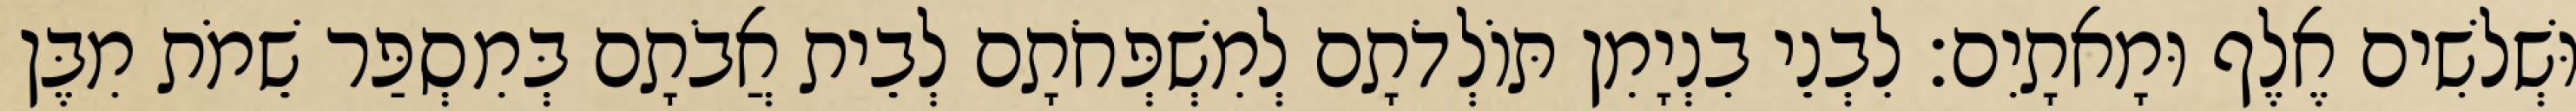
וּשְׁלשִׁים אֶלֶף וּמָאתָיִם׃ לִבְנֵי בִנְיָמִן תּוֹלְדֹתָם לְמִשְׁפְּחֹתָם לְבֵית אֲבֹתָם בְּמִסְפַּר שֵׁמֹת מִבֶּן